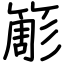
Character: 簓